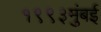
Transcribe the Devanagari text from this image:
१९९३मुंबई